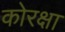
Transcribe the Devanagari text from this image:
कोरक्षा